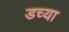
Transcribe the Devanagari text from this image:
डच्या